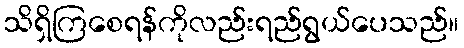
သိရှိကြစေရန်ကိုလည်းရည်ရွယ်ပေသည်။